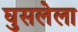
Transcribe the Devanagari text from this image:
घुसलेला